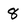
Character: 8